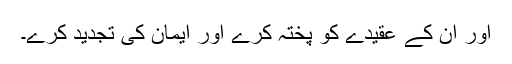
اور ان کے عقیدے کو پختہ کرے اور ایمان کی تجدید کرے۔